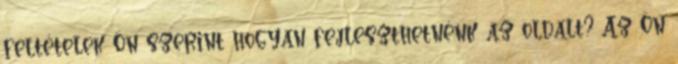
feltételek Ön szerint hogyan fejleszthetnénk az oldalt? Az Ön